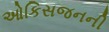
ઓકિસજનની